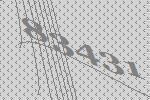
83431